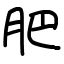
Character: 肥